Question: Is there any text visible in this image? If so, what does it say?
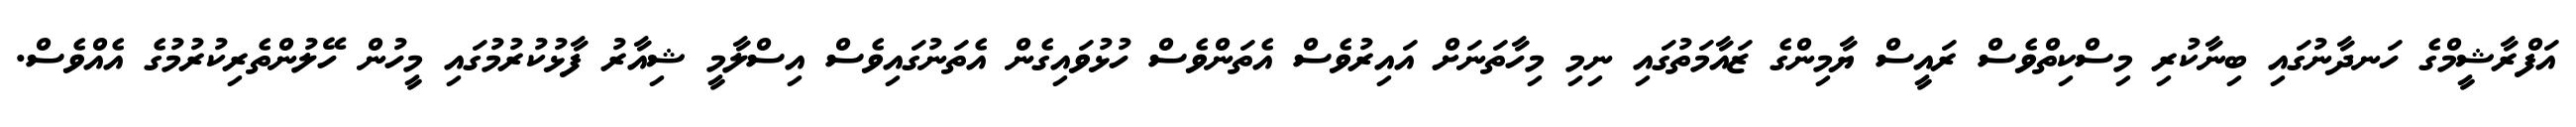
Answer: އަފްރާޝީމްގެ ހަނދާނުގައި ބިނާކުރި މިސްކިތްވެސް ރައީސް ޔާމިންގެ ޒައާމަތުގައި ނިމި މިހާތަނަށް އައިރުވެސް އެތަންވެސް ހުޅުވައިގެން އެތަނުގައިވެސް އިސްލާމީ ޝިއާރު ފާޅުކުރުމުގައި މީހުން ހޭލުންތެރިކުރުމުގެ އެއްވެސް.